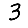
Digit: 3